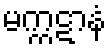
မက္ကဋာနံ